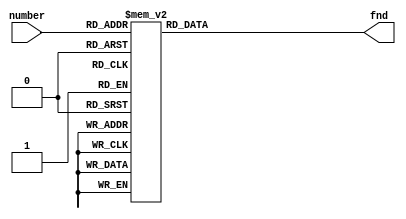
module fnd(
    input [3:0] number,
    output [6:0] fnd
);

    reg [6:0] out;

    assign fnd = out;

    always @(number)begin
        case(number)
            4'h0: out = 7'b0000001;
            4'h1: out = 7'b1001111;
            4'h2: out = 7'b0010010;
            4'h3: out = 7'b0000110;
            4'h4: out = 7'b1001100;
            4'h5: out = 7'b0100100;
            4'h6: out = 7'b0100000;
            4'h7: out = 7'b0001111;
            4'h8: out = 7'b0000000;
            4'h9: out = 7'b0000100;
            4'ha: out = 7'b0001000;
            4'hb: out = 7'b1100000;
            4'hc: out = 7'b0110001;
            4'hd: out = 7'b1000010;
            4'he: out = 7'b0110000;
            4'hf: out = 7'b0111000;
            default: out = 7'b1111111;
        endcase
    end
endmodule